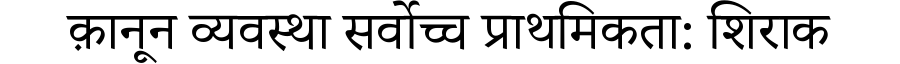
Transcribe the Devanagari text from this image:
क़ानून व्यवस्था सर्वोच्च प्राथमिकता: शिराक